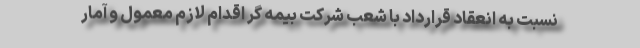
نسبت به انعقاد قرارداد با شعب شرکت بیمه­ گر اقدام لازم معمول و آمار